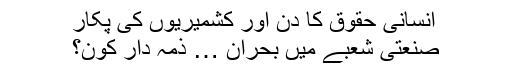
انسانی حقوق کا دن اور کشمیریوں کی پکار
صنعتی شعبے میں بحران … ذمہ دار کون؟